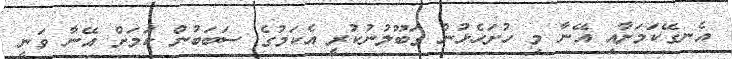
އެނގޭކަމަށާއި އޭނާ މި ހުށަހެޅުން ގަބޫލުނުކުރީ އެކަމުގެ ސަބަބުން ކަމަށް އޭނާ ވަނީ